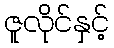
ဇူလိုင်နှင့်